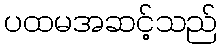
ပထမအဆင့်သည်